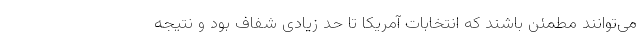
می‌توانند مطمئن باشند که انتخابات آمریکا تا حد زیادی شفاف بود و نتیجه